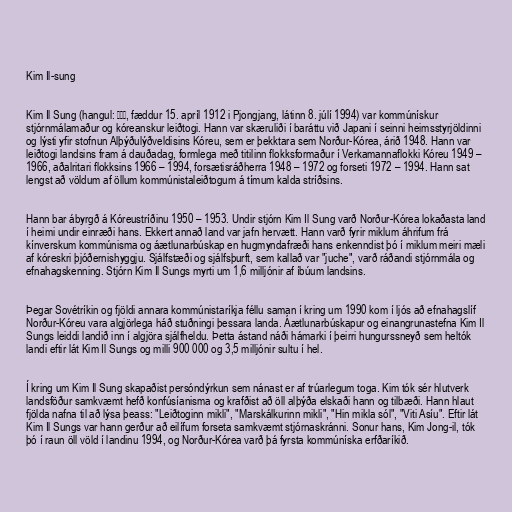
Kim Il-sung

Kim Il Sung (hangul: 김일성, fæddur 15. apríl 1912 i Pjongjang, látinn 8. júlí 1994) var kommúnískur
stjórnmálamaður og kóreanskur leiðtogi. Hann var skæruliði í baráttu við Japani í seinni heimsstyrjöldinni
og lýsti yfir stofnun Alþýðulýðveldisins Kóreu, sem er þekktara sem Norður-Kórea, árið 1948. Hann var
leiðtogi landsins fram á dauðadag, formlega með titilinn flokksformaður í Verkamannaflokki Kóreu 1949 –
1966, aðalritari flokksins 1966 – 1994, forsætisráðherra 1948 – 1972 og forseti 1972 – 1994. Hann sat
lengst að völdum af öllum kommúnistaleiðtogum á tímum kalda stríðsins.

Hann bar ábyrgð á Kóreustríðinu 1950 – 1953. Undir stjórn Kim Il Sung varð Norður-Kórea lokaðasta land
í heimi undir einræði hans. Ekkert annað land var jafn hervætt. Hann varð fyrir miklum áhrifum frá
kínverskum kommúnisma og áætlunarbúskap en hugmyndafræði hans enkenndist þó í miklum meiri mæli
af kóreskri þjóðernishyggju. Sjálfstæði og sjálfsþurft, sem kallað var "juche", varð ráðandi stjórnmála og
efnahagskenning. Stjórn Kim Il Sungs myrti um 1,6 milljónir af íbúum landsins.

Þegar Sovétríkin og fjöldi annara kommúnistaríkja féllu saman í kring um 1990 kom í ljós að efnahagslíf
Norður-Kóreu vara algjörlega háð stuðningi þessara landa. Áætlunarbúskapur og einangrunastefna Kim Il
Sungs leiddi landið inn í algjöra sjálfheldu. Þetta ástand náði hámarki í þeirri hungurssneyð sem heltók
landi eftir lát Kim Il Sungs og milli 900 000 og 3,5 milljónir sultu í hel.

Í kring um Kim Il Sung skapaðist persóndýrkun sem nánast er af trúarlegum toga. Kim tók sér hlutverk
landsföður samkvæmt hefð konfúsíanisma og krafðist að öll alþýða elskaði hann og tilbæði. Hann hlaut
fjölda nafna til að lýsa þeass: "Leiðtoginn mikli", "Marskálkurinn mikli", "Hin mikla sól", "Viti Asíu". Eftir lát
Kim Il Sungs var hann gerður að eilífum forseta samkvæmt stjórnaskránni. Sonur hans, Kim Jong-il, tók
þó í raun öll völd í landinu 1994, og Norður-Kórea varð þá fyrsta kommúníska erfðaríkið.